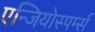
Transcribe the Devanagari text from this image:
एन्जियोस्पर्म्स